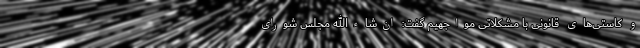
و کاستی‌های قانونی با مشکلاتی مواجهیم گفت: ان‌شاءالله مجلس شورای